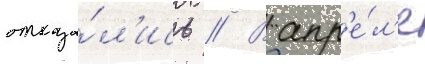
отказа́л'ись // В апр'е́л'е